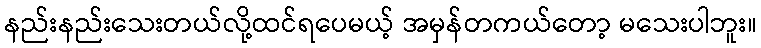
နည်းနည်းသေးတယ်လို့ထင်ရပေမယ့် အမှန်တကယ်တော့ မသေးပါဘူး။